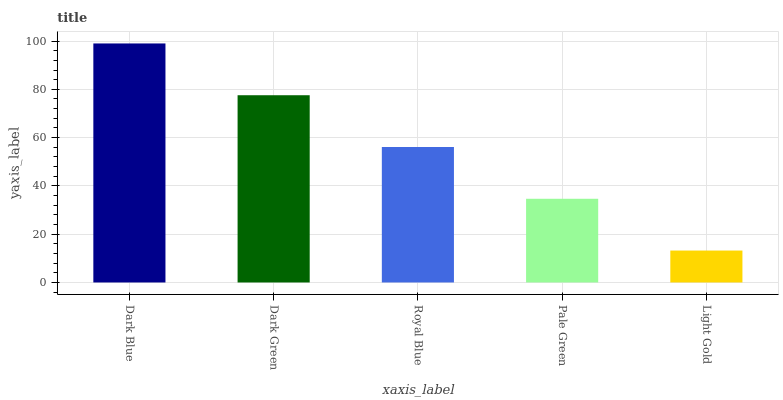
| xaxis_label | bars |
 | --- | --- |
 | Dark Blue | 99 |
 | Dark Green | 77.6 |
 | Royal Blue | 56.1 |
 | Pale Green | 34.7 |
 | Light Gold | 13.2 |